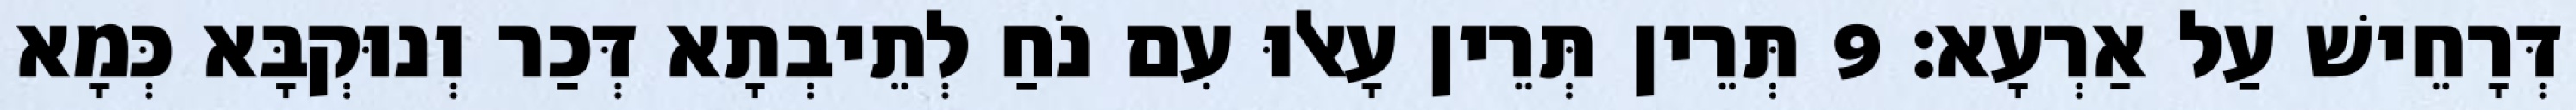
דְּרָחֵישׁ עַל אַרְעָא׃ 9 תְּרֵין תְּרֵין עָאלוּ עִם נֹחַ לְתֵיבְתָא דְּכַר וְנוּקְבָּא כְּמָא